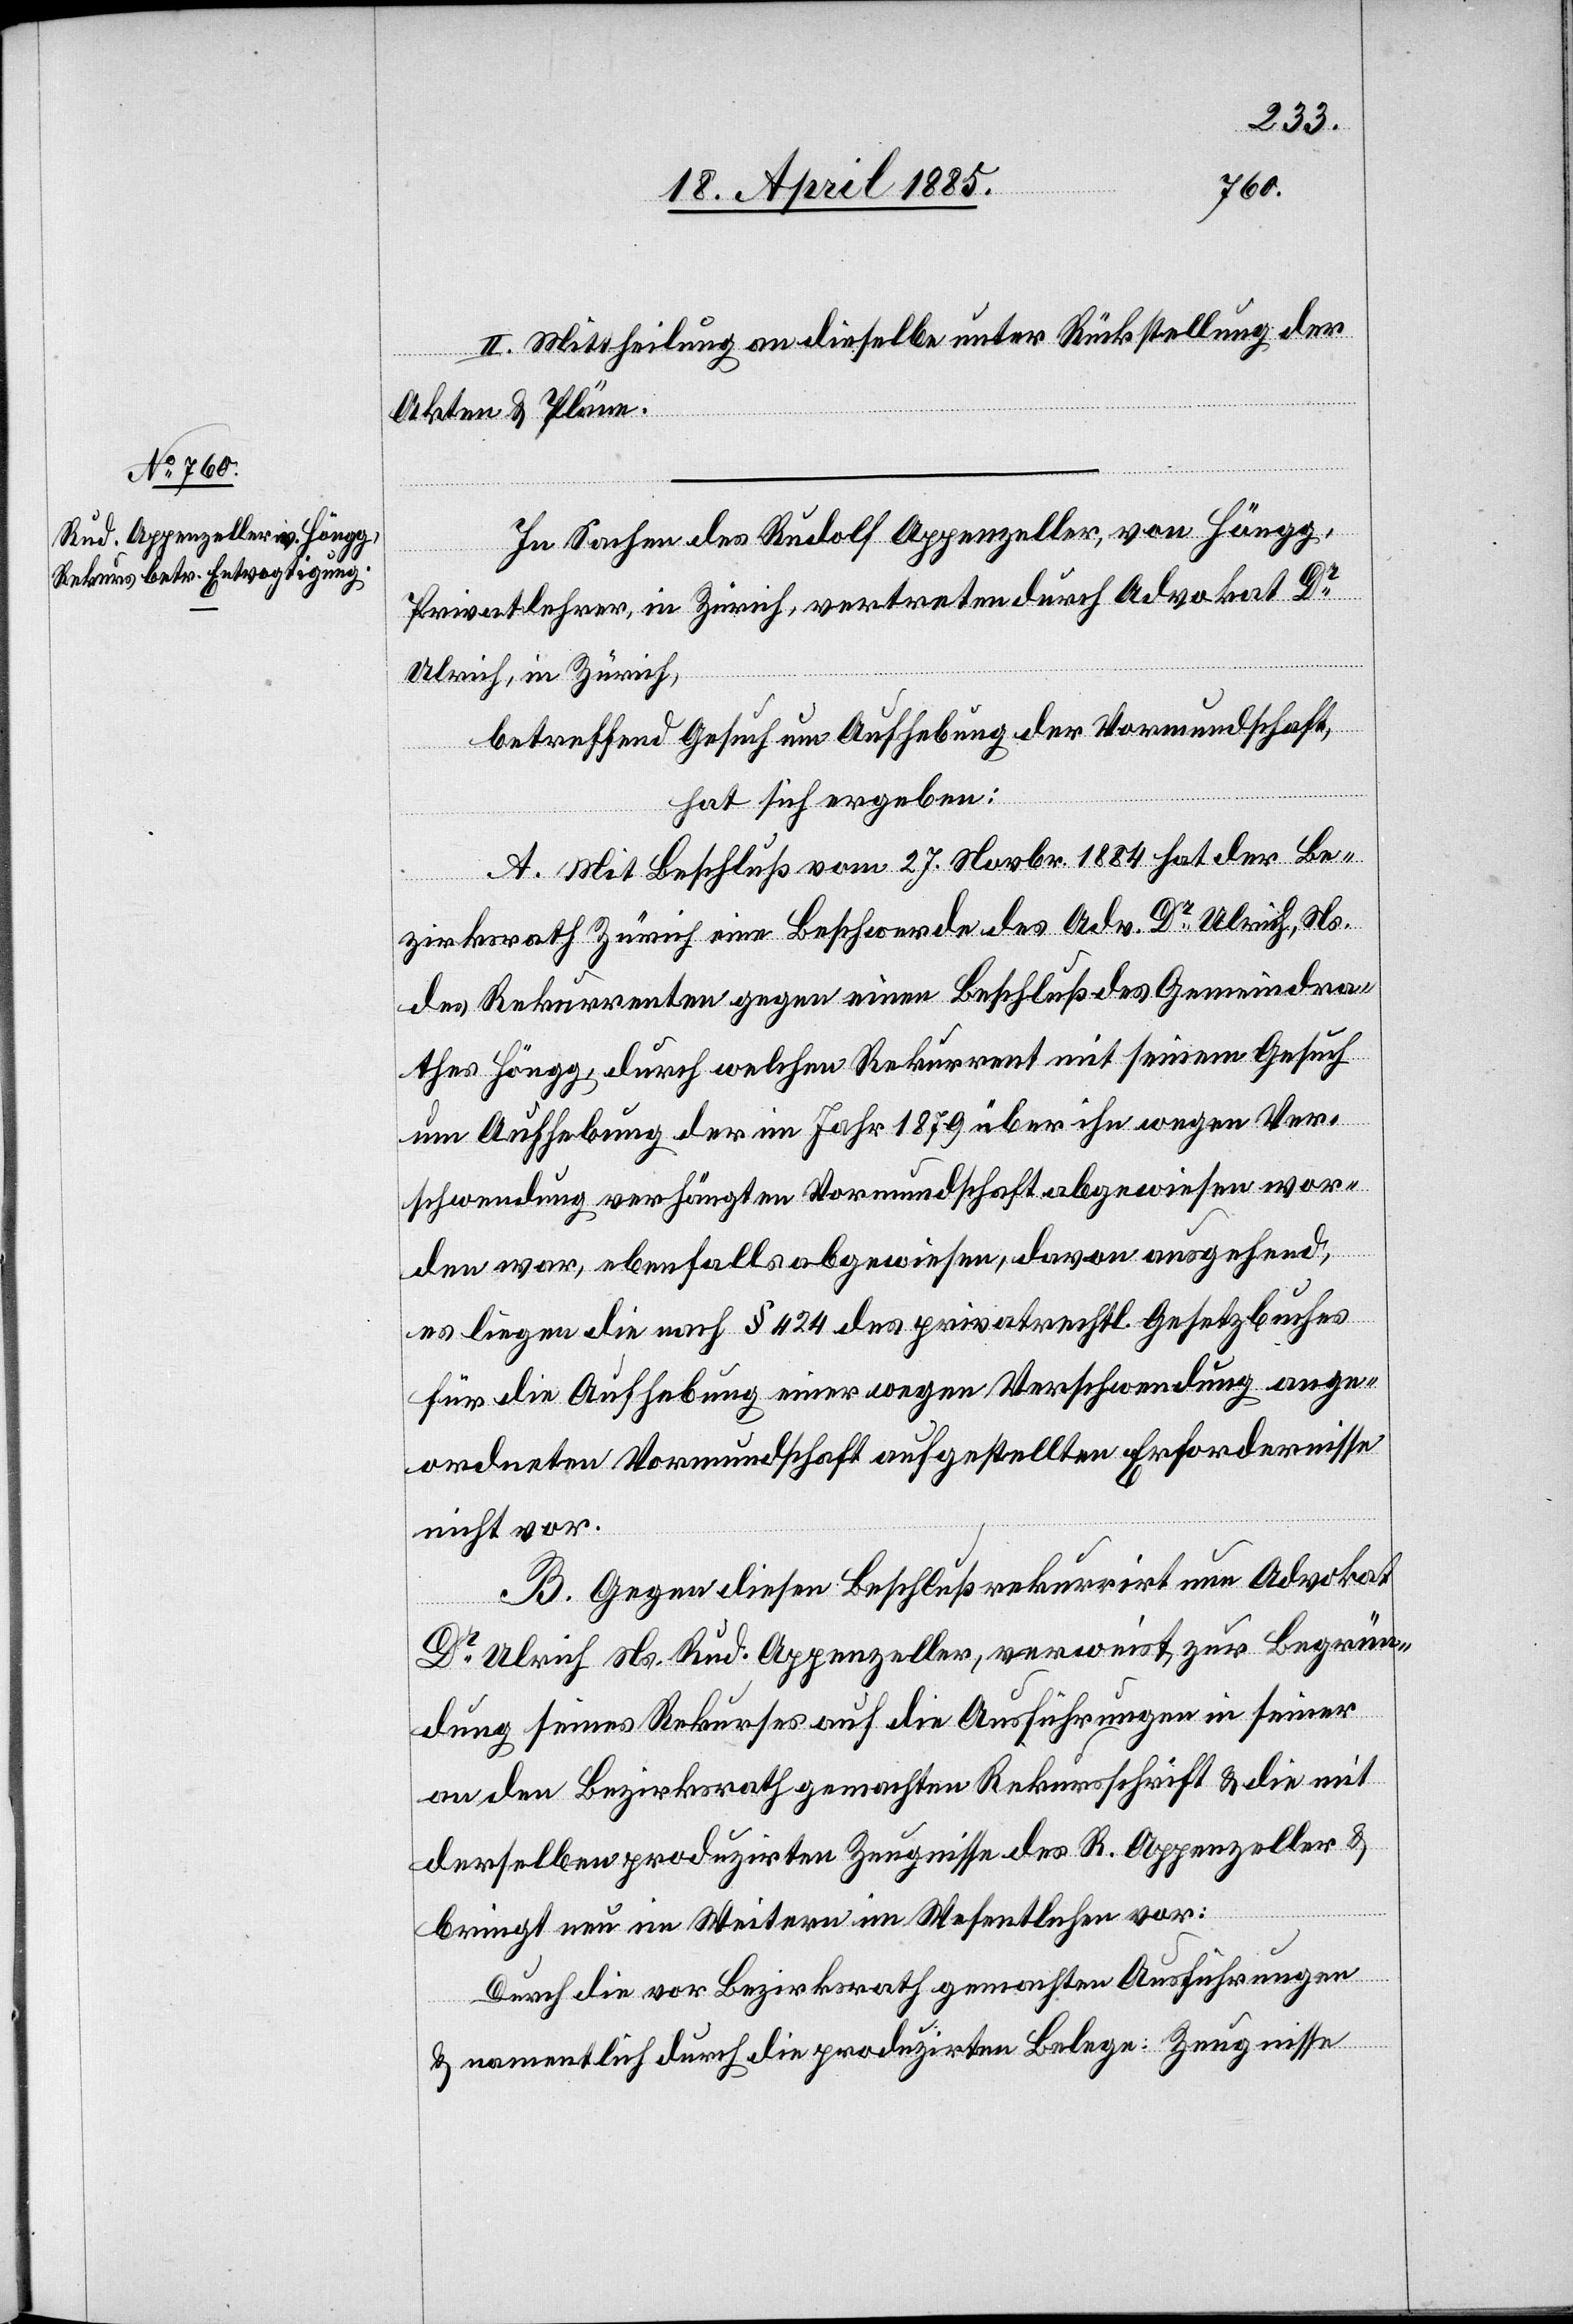
II. Mittheilung an dieselbe unter Rückstellung der
Akten & Pläne.
In Sachen des Rudolf Appenzeller, von Höngg,
Privatlehrer, in Zürich, vertreten durch Advokat Dr
Ulrich, in Zürich,
betreffend Gesuch um Aufhebung der Vormundschaft,
hat sich ergeben:
A. Mit Beschluß vom 27. Novbr. 1884 hat der Be¬
zirksrath Zürich eine Beschwerde des Adv. Dr Ulrich, Ns.
des Rekurrenten gegen einen Beschluß des Gemeindra¬
thes Höngg, durch welchen Rekurrent mit seinem Gesuch
um Aufhebung der im Jahr 1879 über ihn wegen Ver¬
schwendung verhängten Vormundschaft abgewiesen wor¬
den war, ebenfalls abgewiesen, davon ausgehend,
es liegen die nach § 424 des privatrechtl. Gesetzbuches
für die Aufhebung einer wegen Verschwendung ange¬
ordneten Vormundschaft aufgestellten Erfordernisse
nicht vor.
B. Gegen diesen Beschluß rekurrirt nun Advokat
Dr Ulrich Ns. Rud. Appenzeller, verweist, zur Begrün¬
dung seines Rekurses auf die Ausführungen in seiner
an den Bezirksrath gemachten Rekursschrift & die mit
derselben produzirten Zeugnisse des R. Appenzeller &
bringt nun im Weitern im Wesentlichen vor:
Durch die vor Bezirksrath gemachten Ausführungen
& namentlich durch die produzirten Belege: Zeugnisse